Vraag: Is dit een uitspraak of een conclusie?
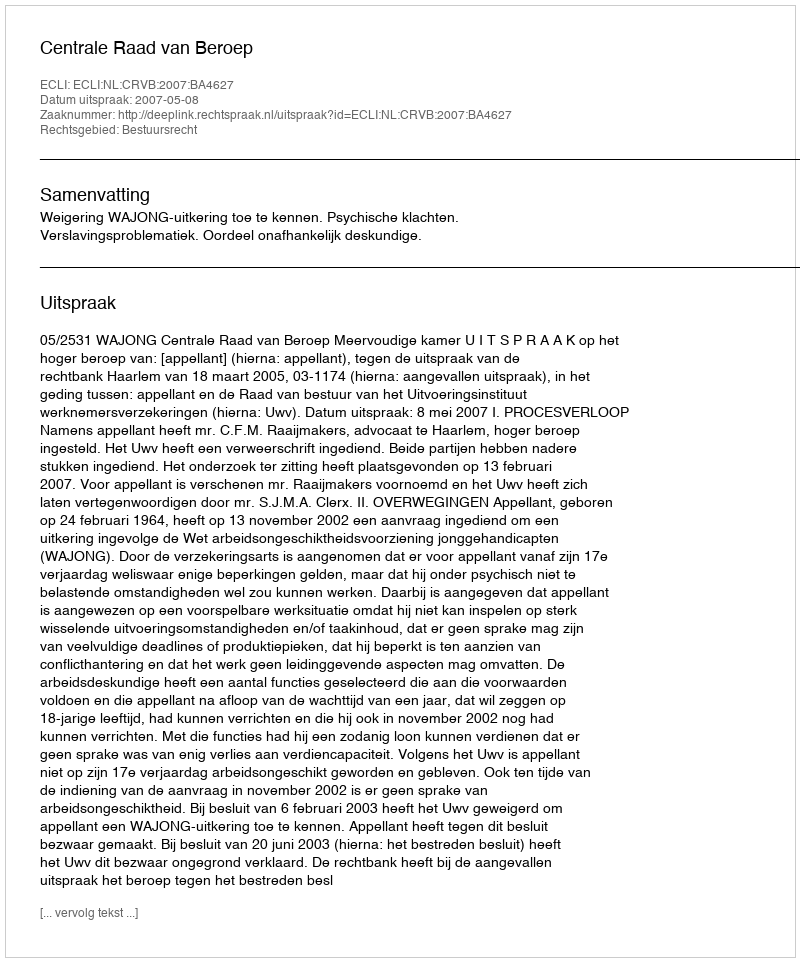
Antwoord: Uitspraak